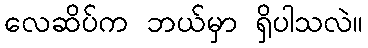
လေဆိပ်က ဘယ်မှာ ရှိပါသလဲ။